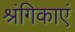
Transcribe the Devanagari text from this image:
श्रंगिकाएं